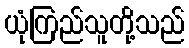
ယုံကြည်သူတို့သည်